Annual administration report of the Civil Veterinary Department, Sind - 1940-1941
Year: 1940
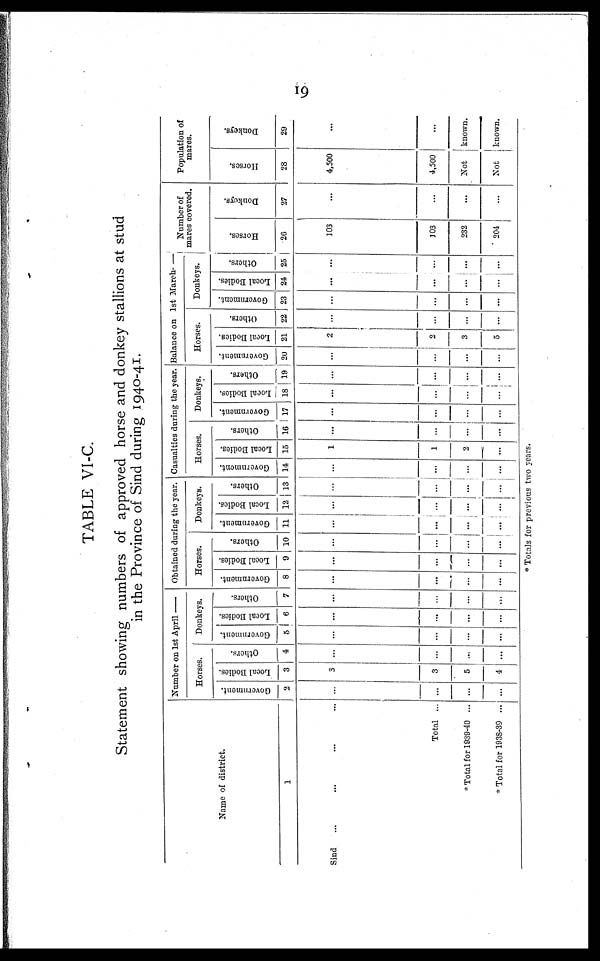
19
TABLE VI-C.
Statement showing numbers of approved horse and donkey stallions at stud
in the Province of Sind during 1940-41.
Name of district.
1
Sind ... ... ... ...
Total ...
* Total for 1939-40 ...
* Total for 1938-39 ...
Number on 1st April—
Horses.
Government.
2
...
...
...
...
Local Bodies.
3
3
3
5
4
Others.
4
...
...
...
...
Donkeys.
Government.
5
...
...
...
...
Local Bodies.
6
...
...
...
...
Others.
7
...
...
...
...
Obtained during the year.
Horses.
Government.
8
...
...
...
...
Local Bodies.
9
...
...
...
...
Others.
10
...
...
...
...
Donkeys.
Government.
11
...
...
...
...
Local Bodies.
12
...
...
...
...
Others.
13
...
...
...
...
Casualties during the year.
Horses.
Government.
14
...
...
...
...
Local Bodies.
15
1
1
2
...
Others.
16
...
...
...
...
Donkeys.
Government.
17
...
...
...
...
Local Bodies.
18
...
...
...
...
Others.
19
...
...
...
...
Balance on 1st March—
Horses.
Government.
20
...
...
...
...
Local Bodies.
21
2
2
3
5
Others.
22
...
...
...
...
Donkeys.
Government.
23
...
...
...
...
Local Bodies.
24
...
...
...
...
Others.
25
...
...
...
...
Number of
mares covered.
Horses.
26
103
103
232
204
Donkeys.
27
...
...
...
...
Population of
mares.
Horses.
28
4,500
4,500
Donkeys.
29
...
...
Not
known.
Not
known.
* Totals for previous two years.